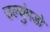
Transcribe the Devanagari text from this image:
उल्युंगडो